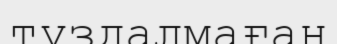
тұздалмаған